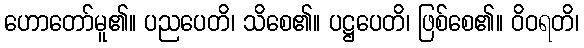
ဟောတော်မူ၏။ ပညပေတိ၊ သိစေ၏။ ပဋ္ဌပေတိ၊ ဖြစ်စေ၏။ ဝိဝရတိ၊